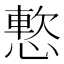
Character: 𫺸